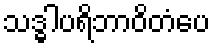
သဒ္ဓါပရိဘာဝိတံပေ